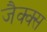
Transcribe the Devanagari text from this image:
जैक्क्स